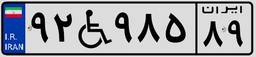
۴۴W۰۳۵۷۲